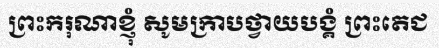
ព្រះករុណាខ្ញុំ សូមក្រាបថ្វាយបង្គំ ព្រះតេជ